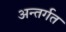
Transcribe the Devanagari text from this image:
अन्तर्गत